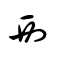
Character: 襾